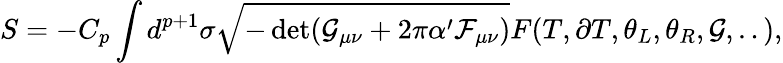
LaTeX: S=-C_{p}\int d^{p+1}\sigma\sqrt{-\operatorname*{det}(\mathcal{G}_{\mu\nu}+2\pi\alpha^{\prime}\mathcal{F}_{\mu\nu})}F(T,\partial T,\theta_{L},\theta_{R},\mathcal{G},..),